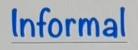
Informal